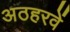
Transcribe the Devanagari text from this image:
अठहरवें